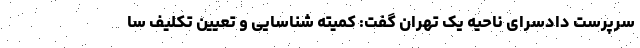
سرپرست دادسرای ناحیه یک تهران گفت: کمیته شناسایی و تعیین تکلیف سا